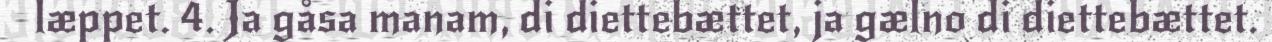
læppet. 4. Ja gåsa manam, di diettebættet, ja gælno di diettebættet.